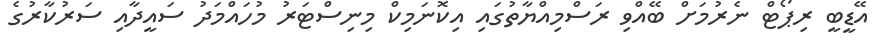
އޭޑީބީ ރިޕޯޓް ނެރުމަށް ބޭއްވި ރަސްމިއްޔާތުގައި އިކޮނަމިކް މިނިސްޓަރު މުހައްމަދު ސައީދާއި ސަރުކާރުގެ